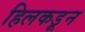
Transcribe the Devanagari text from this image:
हिलकडून